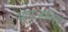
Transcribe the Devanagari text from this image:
भ्रूणजनित